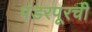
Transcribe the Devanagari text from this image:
पंडरपूरची